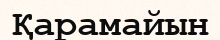
Қарамайын